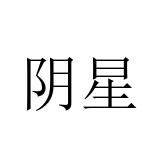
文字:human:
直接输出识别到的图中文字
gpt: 阴星